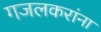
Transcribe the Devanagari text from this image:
गजलकरांना